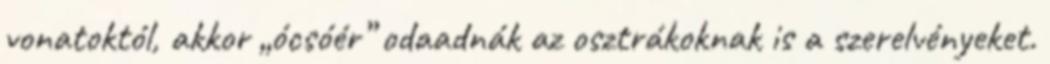
vonatoktól, akkor „ócsóér” odaadnák az osztrákoknak is a szerelvényeket.